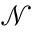
\mathcal { N }